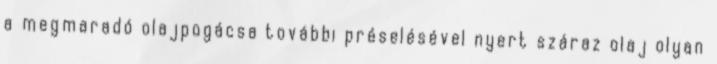
a megmaradó olajpogácsa további préselésével nyert száraz olaj olyan